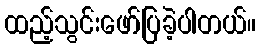
ထည့်သွင်းဖော်ပြခဲ့ပါတယ်။